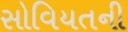
સોવિયતની